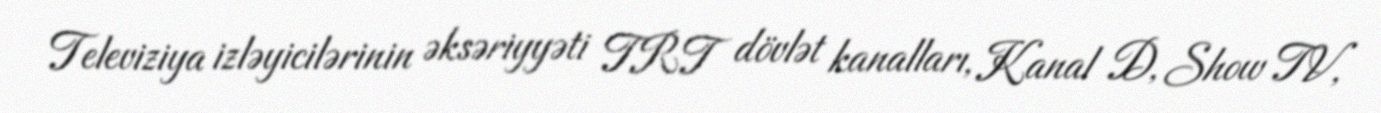
Televiziya izləyicilərinin əksəriyyəti TRT dövlət kanalları, Kanal D, Show TV,